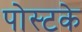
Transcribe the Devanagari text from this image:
पोस्टके